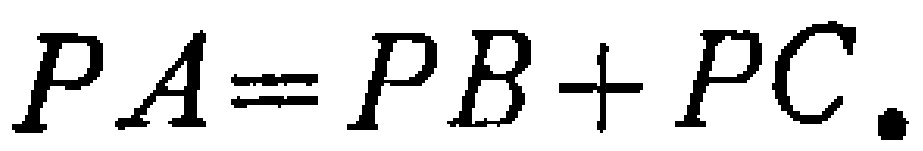
\(PA = PB + PC.\)